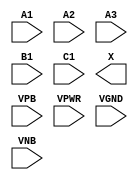
module sky130_fd_sc_lp__a311o (
    //# {{data|Data Signals}}
    input  A1  ,
    input  A2  ,
    input  A3  ,
    input  B1  ,
    input  C1  ,
    output X   ,

    //# {{power|Power}}
    input  VPB ,
    input  VPWR,
    input  VGND,
    input  VNB
);
endmodule